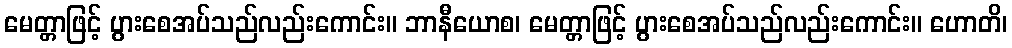
မေတ္တာဖြင့် ပွားစေအပ်သည်လည်းကောင်း။ ဘာနီယောစ၊ မေတ္တာဖြင့် ပွားစေအပ်သည်လည်းကောင်း။ ဟောတိ၊